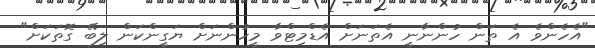
"އެހެންވެ އެ ތަން ހުންނާނީ އެތަނަށް އެޑްމިޓްވާ މީހުންނަށް ޔަގީންކަން ލިބޭ ގޮތަކަށް"